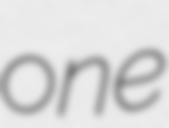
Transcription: one